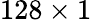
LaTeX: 128\times 1